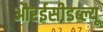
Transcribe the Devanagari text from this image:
औरईसीडब्ल्यू